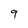
Character: 9